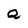
Character: Q